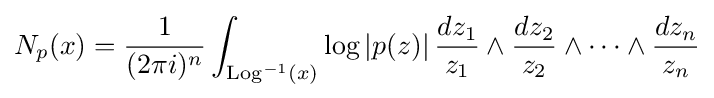
N_{p}(x)={\frac {1}{(2\pi i)^{n}}}\int _{\operatorname {Log} ^{-1}(x)}\log |p(z)|\,{\frac {dz_{1}}{z_{1}}}\wedge {\frac {dz_{2}}{z_{2}}}\wedge \cdots \wedge {\frac {dz_{n}}{z_{n}}}